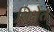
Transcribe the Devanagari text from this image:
शिक्षेंत